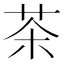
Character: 茶